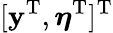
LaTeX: [\mathbf{y}^{\mathrm{T}},\boldsymbol{\eta}^{\mathrm{T}}]^{\mathrm{T}}